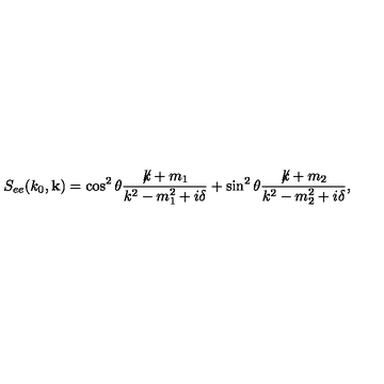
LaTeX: S _ { e e } ( k _ { 0 } , { \bf k } ) = \cos ^ { 2 } \theta \frac { \not \! k + m _ { 1 } } { k ^ { 2 } - m _ { 1 } ^ { 2 } + i \delta } + \sin ^ { 2 } \theta \frac { \not \! k + m _ { 2 } } { k ^ { 2 } - m _ { 2 } ^ { 2 } + i \delta } ,